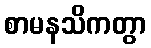
စာမနသိကတွာ